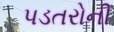
પડતરોની